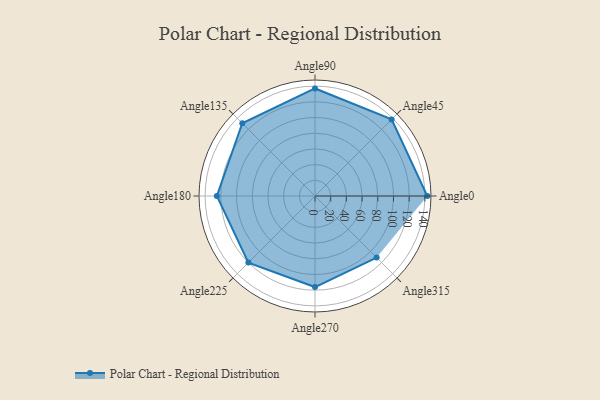
{"axis": {"x": "Angle", "y": "Radius"}, "legend": [""], "data": [{"x": "Angle0", "y": 143.0, "type": ""}, {"x": "Angle45", "y": 138.0, "type": ""}, {"x": "Angle90", "y": 137.0, "type": ""}, {"x": "Angle135", "y": 131.0, "type": ""}, {"x": "Angle180", "y": 125.0, "type": ""}, {"x": "Angle225", "y": 120.0, "type": ""}, {"x": "Angle270", "y": 116.0, "type": ""}, {"x": "Angle315", "y": 111.0, "type": ""}]}